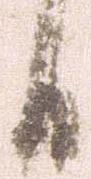
日